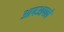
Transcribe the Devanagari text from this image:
आपआपले